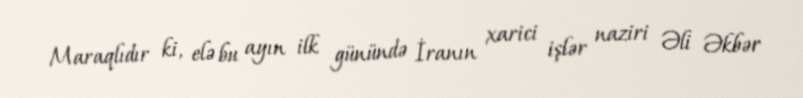
Maraqlıdır ki, elə bu ayın ilk günündə İranın xarici işlər naziri Əli Əkbər